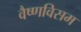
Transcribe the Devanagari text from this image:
वैष्णविसम